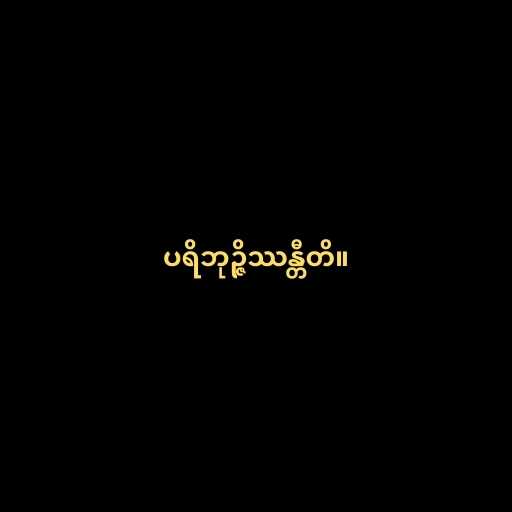
ပရိဘုဉ္ဇိဿန္တီတိ။